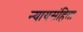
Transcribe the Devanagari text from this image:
न्यायसंहिता